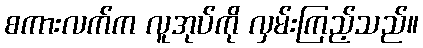
စကားလက်က လူအုပ်ကို လှမ်းကြည့်သည်။